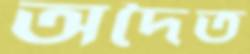
অদৈত